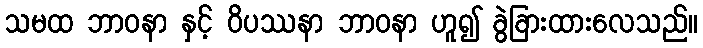
သမထ ဘာဝနာ နှင့် ဝိပဿနာ ဘာဝနာ ဟူ၍ ခွဲခြားထားလေသည်။